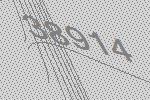
38914